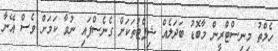
ހެލްތު މިނިސްޓްރީން މާބޮޑު ބަދަލެއް ޝިޕްޓުތަކަށް ގެނެސްފައި ނުވާ ކަމަށް ވެސް އޭނާ